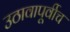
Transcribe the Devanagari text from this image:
उठावापूर्वीच